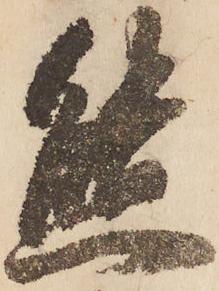
態